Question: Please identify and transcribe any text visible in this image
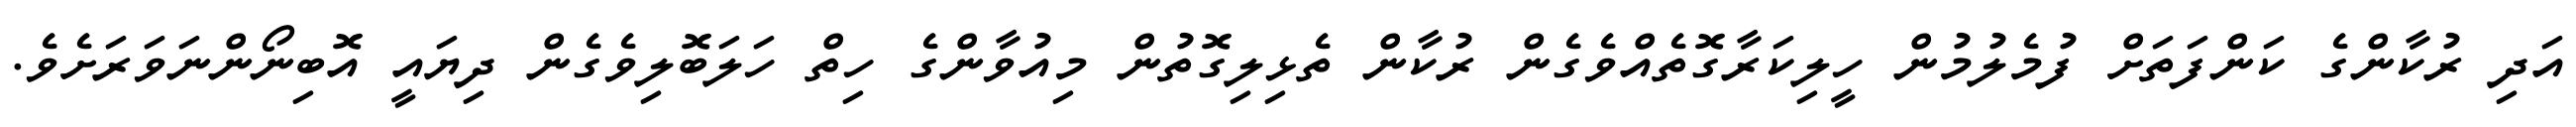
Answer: އަދި ރުކާންގެ ކަންފަތަށް ފުމެލުމުން ހީލިކަރާގޮތެއްވެގެން ރުކާން ތެޅިލިގޮތުން މިއުވާންގެ ހިތް ހަލަބޮލިވެގެން ދިޔައީ އޮބިނޯންނަވަރަށެވެ.